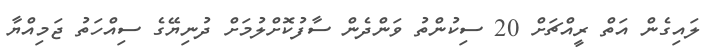
ލައިގެން އަތް ރީއްޗަށް 20 ސިކުންތު ވަންދެން ސާފުކޮށްލުމަށް ދުނިޔޭގެ ސިއްހަތު ޖަމިއްޔާ